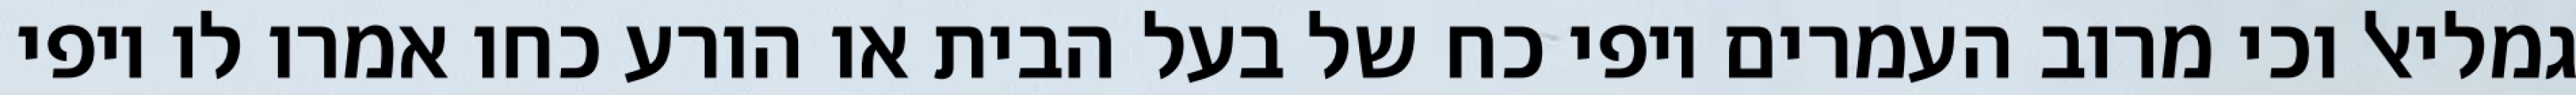
גמליאל וכי מרוב העמרים יופי כח של בעל הבית או הורע כחו אמרו לו יופי